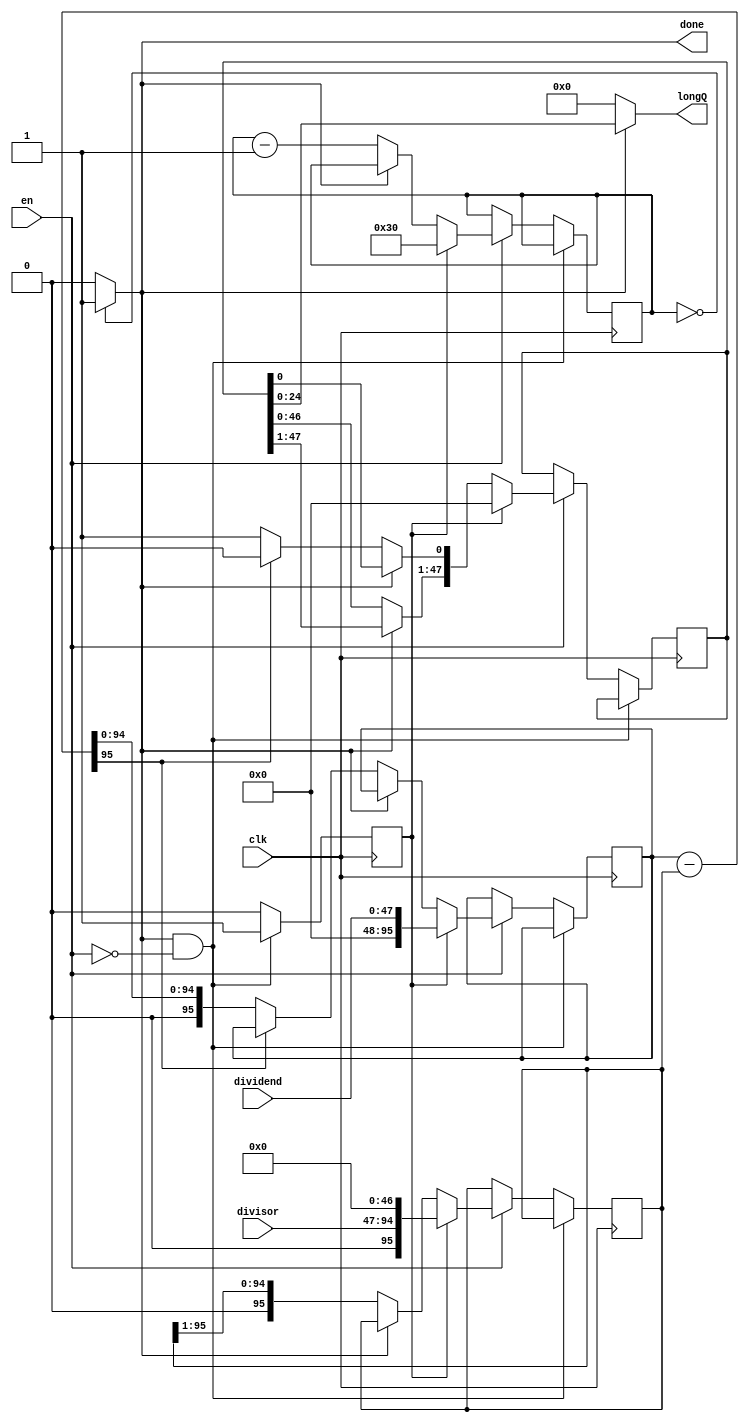
module NonResDivision(
  output reg [24:0] longQ,
  output reg done,
  input [47:0] dividend,divisor,
  input clk,en);
  
//variables 
reg ready;
reg [6:0] count;
reg [95:0] longN,longD,tlongD,diff;
reg [47:0] Q,tQ;

initial done=1'b1;

always@(count)
begin
  if(count==0)
    done=1'b1;
  else
    done=1'b0;
end

always@(posedge clk)
begin
  if((done==1'b1)&&(en==1'b0))
    ready=1'b1;
  else if(en==1'b1)
  begin
    if(ready==1'b1)
    begin
    count=48;
    longN={48'd0,dividend};
    longD={1'b0,divisor,47'd0};
    tlongD=longD;
    Q=0;
    tQ=Q;
    ready=1'b0;
    end
    else
    begin
    if(done==1'b0)
    begin
      diff=longN-longD;
      //tQ=Q<<1;
      tQ={Q[46:0],1'b0};
      Q=tQ;
      
      if(diff[95]==1'b0)
      begin
        longN=diff;
        Q[0]=1'b1;
      end
      
      //tlongD=longD>>1;
      tlongD={1'b0,longD[95:1]};
      longD=tlongD;
      count=count-1;
    end
    end
  end
  else
    ready=1'b0;
end

always@(Q,done)
begin
  if(done==1'b1)
    longQ=Q[24:0];
  else
    longQ=0;
end

endmodule


/*module tb_NRD_f;
  wire [24:0] longQ;
  wire done;
  reg [47:0] dividend,divisor;
  reg clk,en;
  
  NonResDivision NRD1(longQ,done,dividend,divisor,clk,en);

initial #2500 $finish;
initial 
begin
clk=0;
forever #5 clk=~clk;
end

initial 
fork
en=1'b1;
dividend=48'b100100011110110010010001000000000000000000000000;
divisor=48'b000000000000000000000000111011000000000000000000;
join

endmodule*/